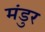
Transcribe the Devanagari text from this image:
मंडुर